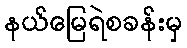
နယ်မြေရဲစခန်းမှ